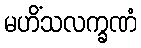
မဟိံသလက္ခဏံ